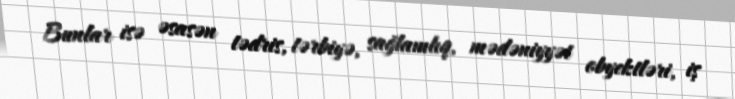
Bunlar isə əsasən tədris, tərbiyə, sağlamlıq, mədəniyyət obyektləri, iş